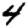
Digit: 4